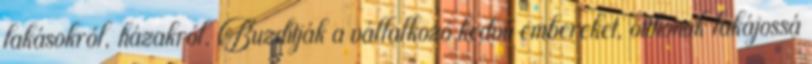
lakásokról, házakról. Buzdítják a vállalkozó kedvű embereket, otthonuk lakájossá